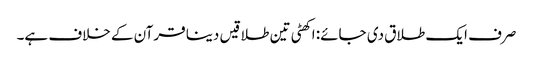
صرف ایک طلاق دی جائے: اکھٹی تین طلاقیں دینا قرآن کے خلاف ہے۔